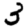
Digit: 3